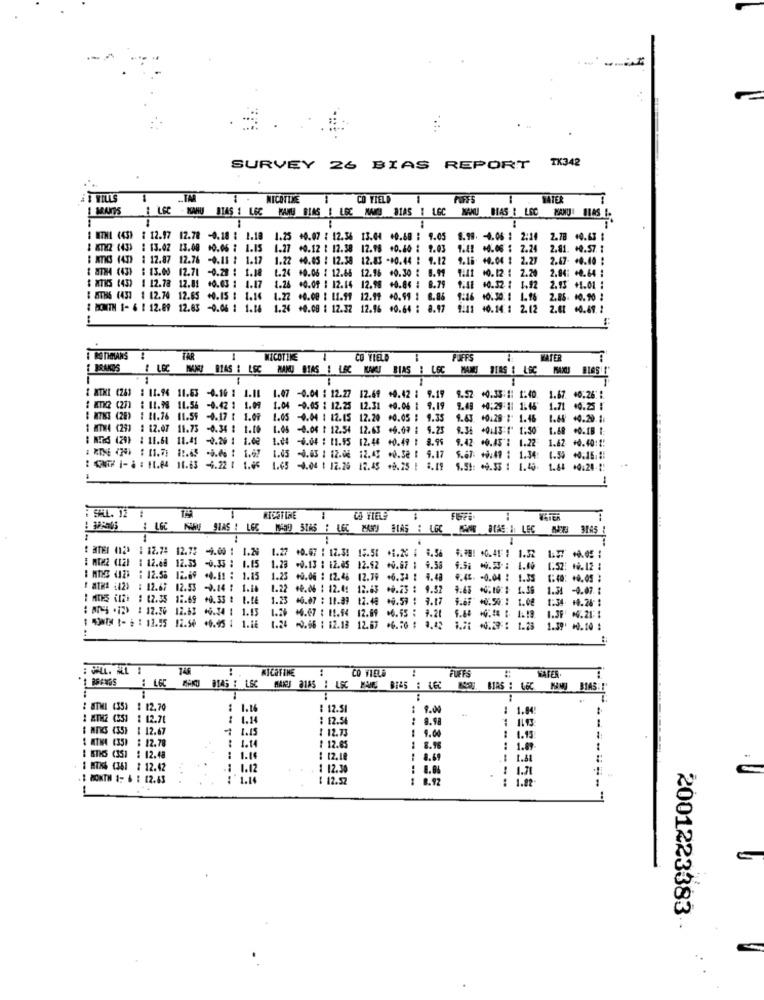
-
TK342
SURVEY 26 BIAS REPORT
I WILLS
CO FIELD
BATER
LEC - WANU BIAS # LEC MAMU BIAS B LGC MAS SIAS : LGC
NAKU BIAS & LEC
MANS
1 WITHI (43) : 12.97 12.78 -0.18 : 1.18
25 +0.07 : 12.36 13.04 +0.68 : 9.05
8.99. - 4.06 : 2:14
2.78 40.63 :
BATH2 (43) : 13.02 13.00 00.06 : 1.15 1.27 +0.12 : 12.38 12.98 40.40 : 9.03
1.42 +0.06 : 2.24
2.81. +0.57. 1
: NIC (43) : 12.87 12.76 -0.11 : 1.17 1.22 +0.05 : 12.38 12.83 -10.44 : 1.12 9.18 44.04 : 2.27 2.67 +0.40 :
1 8TH (43) : 13.00 12.71 -0.20 : 1.00 1.24
40.06 / 12.65 12.16 40.30 : 8.99
2.84: +0.64 :
$ NIKS (43) | 12.78 12.81 60.03 : 1.17 1.26 40.09 : 12.14 12.98 +0.84 : 8.79 1.48 60.32 : 1.92 2.93 +1.01 :
1.41 60.32 :
1.92
2.93 +1.01 :
# 8TIS (433 1 12.74 12.65 +0.15 : 1.16 1.22 +0.00 : 11.91 12.99 +0.99 : 8.85 9:16 10:30: 1 1.16 2.85. 10.90 :
9:16 10.30: 1 1.16 2.85. 10.90 :
: MONTH 1- 6 1 12.09 12.63 -0.06 1 1.18 1.24 +0.08 : 12.32 12.96 60.64 : 8.97 9:11 40.14 : 2.12 2.01 +0.69 :
I DONITH 1- 6 1 12.09 12.63 -0.06 1 1.16 1.26
COTIMANS !
TAR
NICOTINE
CO VIELD
PUFFS
WATER
BRAKOS ! LEC
# LGC ISANU BIAS & LSC MANO BIAS ! L
MANJ BIAS ! LEC
WNO BIAS : LEC MAMS BIRS : LEC
& NTKI (261 : 11.94 11.63 -0.16 : 1.10 1.07 -0.04 : 12.
1.07 -0.04 : 12.27 12.69 +0.42 : 9.19
-0.04 : 12.27
9.52
9.52 +0.33:#: 1:40.
1.67
40.26
: MTK2 (27) : 11.98 11.56 -0.42 : 1.09 1.04 -0.05 : 12.25 12.31 +0.06 | 9.19
9.49 +0:29:11 1:45
1.71 0.25 :
& N7KS (28) : 11.76 11.59 -0.17 { 1.09 1.05 -0.04 : 12.15 12.20 +0.05 : 9.35
9.43. 10.28 # 1.46
1 MITWA (29)
: 12.07 11.73
-0.34 : 1.10
1.05
-0.04 : 12.54 12.63 +6.07 : 9.23
9.35 +0113:1 1:50
1.68 .0.18 1:
B NERS (29) : 11.68 11.41 -0.26 1 1.02 1.04 -0.04 : 11.55 12.44 +0.49 : 8.99
9.42 .0.45 : 1.22
1.42 +0.40: !!
: RTME (70) : 11.7: 12.63 -. 6 : 1.67 1.05 -0.03 : 12.08 12.43 **. 32 : 9.17
5.67: +9:47 : 1.34:
: SIG I- ) : 11.04 11.83 4.22 : 1.65 1.65 -4.04 1 12.29 12.45 +9.25 | 8.19
+0.33 1 1.45
-
SAL. 12 :
KISSTIME
CO VIELE
4 16C
: ATEI (12) : 12.74 12.75 -4.00 : 1.29
1.27
+0.67 : 17.3!
15.51
-
9. 56
4. 99! * 0.41 : 1.32
: MIM2 (12) : 12.68 12.33 -0.35 : 1.15
1.28 +0.13 : 12.85 12.12 +0.67 1 9.38 9.5; * 0.53 : 1.00 1.52: 10.12 :
: MIKS 412 :12.58 12.69 +4.51 : 1.15 1.25 +0.06 : 12.46 12.79 +6.34 : 4.48
1.25 +0.06 : 12.46 12.79 46.34 : 4.48
4.45. - 0.04 : 1.35
C40: +0.05 :
1 MTHE (12) : 12.67 02.53 -0.24 # 1.1b
1.22 60.06 : 12.4: 12.63 +0.23 : 9.32 9.68 +0.10:# 1.36
1.54 -4.07. 1
1 MTHS (12) : 12.35 12.69 +0.33 : 1.LE
1.23 46.07 : 11.99 12.48 +0.59 : 3.17
4.69 +0.50:1 1.08
1:34. 10.24 #
1.39 .211
: MYS .12) : 12.30 12.63 66.34 : 1.13 1.26 46.67 : 11.54 12.89 06.55 : 9.20 6.60 0.48 : 1.18.
43NÍM 1- 6 :12.55 12.50 +0.45 1 1.18
1.24 -0.56 : 12.18 12.67 .6.56 : 3,42 1.2: 0.29 : 1.23
1.39' *0.10 :
NICOTINE
CO VIELE
SAFER
: LGC
DIAS : LSC MANU 2185 : LEC MANS 8745 : LEC SU. BIR6 : L&C
NOU MASi!
: STMI (35)
: 12.70
: 1.16
: 12.51
: 9.00
: 1.84!
1 12.71
1 1.14
: 12.5
8.98
1.
I MIKS (35)
1 12.67
7 1.45
! 12.73
1
9.00
: 12.78
1.13
: 1.14
₹ 12.8
8.96
: 1.89-
KTIS (351 : 12.48
..
: 1.14
: 12.18
: 8.69
: MTI6 (361 : 12.42
.1 1.12
- --
1 12.30
: 8.8%
: 1.71
1 MONTH 1- 6 : 12.63
$ 12.52
1 8.92
: 1.82
2001223383